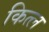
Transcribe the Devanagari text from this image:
कित्ल